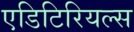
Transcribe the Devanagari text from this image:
एडिटिरियल्स